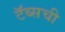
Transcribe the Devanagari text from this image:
टॅब्सची